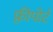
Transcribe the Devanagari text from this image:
फ़्रीपोर्ट